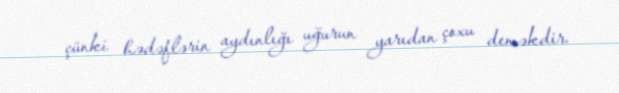
çünki hədəflərin aydınlığı uğurun yarıdan çoxu deməkdir.